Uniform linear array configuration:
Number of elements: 12
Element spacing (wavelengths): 1
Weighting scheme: binomial
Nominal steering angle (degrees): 45
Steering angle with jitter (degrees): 46.246
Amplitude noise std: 0.05
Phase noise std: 0.05

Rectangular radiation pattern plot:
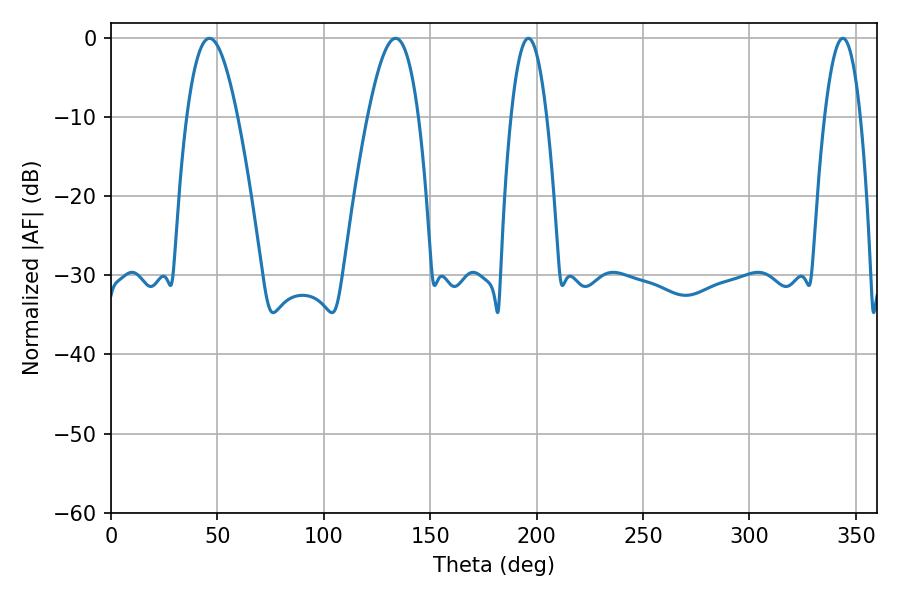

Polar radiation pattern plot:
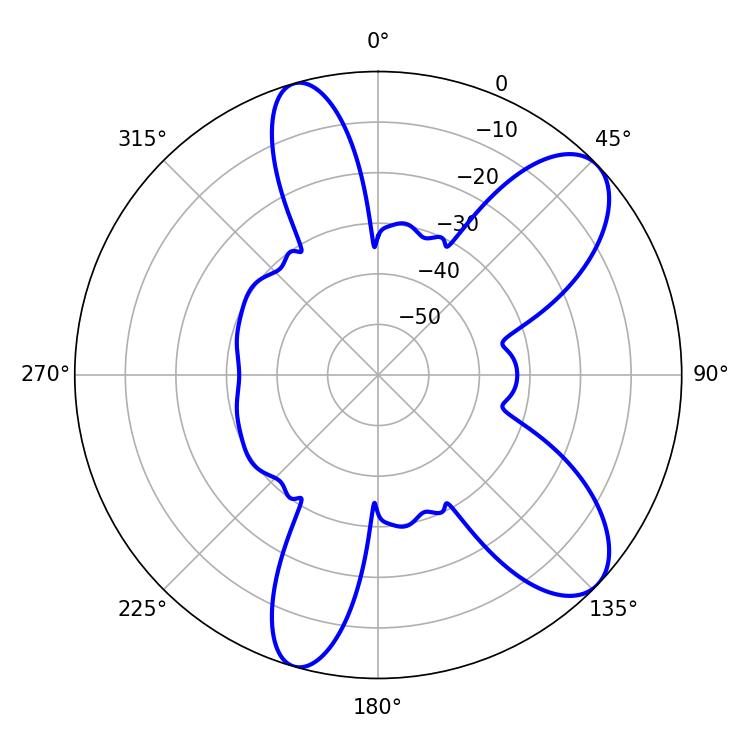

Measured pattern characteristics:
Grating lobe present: TRUE
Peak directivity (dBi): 8.881
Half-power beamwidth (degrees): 12.96
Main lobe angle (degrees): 46.26